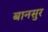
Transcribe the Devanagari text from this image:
बानसुर